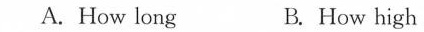
A. How long B.How high